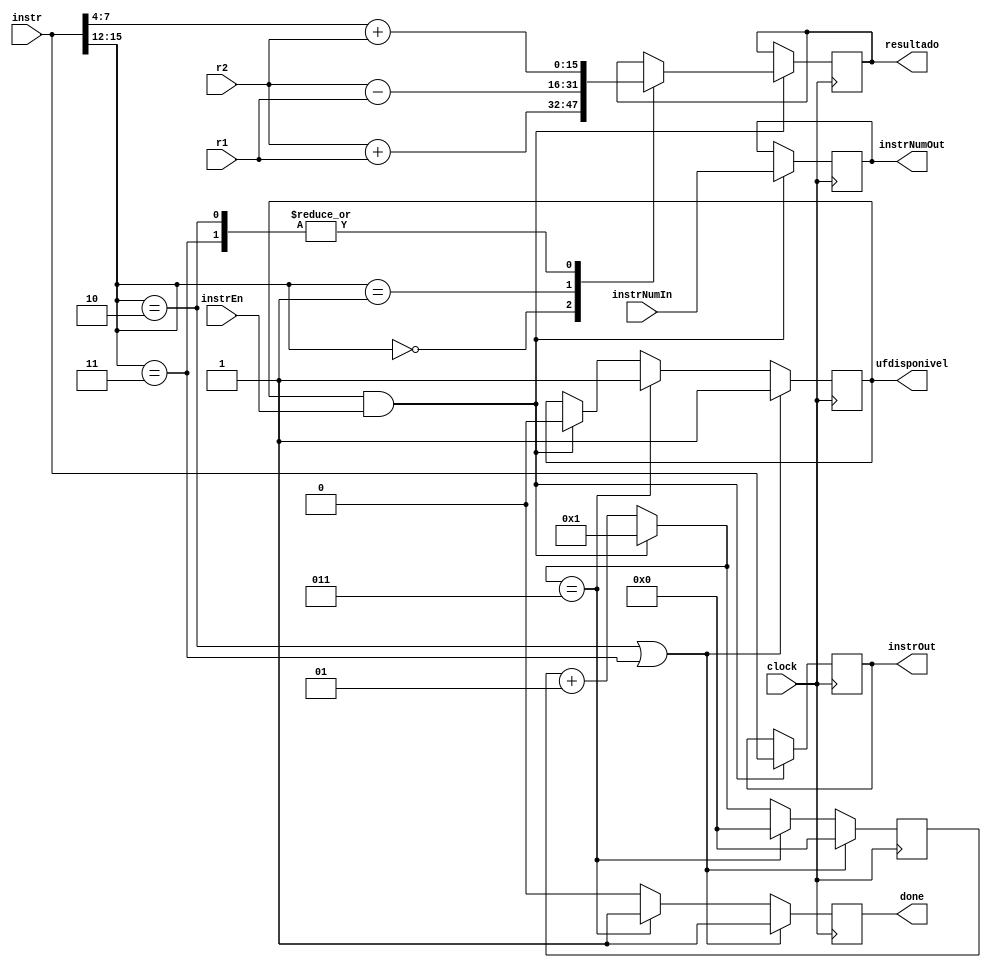
module unidadeFuncional(clock, done, ufdisponivel, instr, instrEn, instrNumIn, instrNumOut, r1, r2, resultado, instrOut);
	
	input clock, instrEn;
	input [7:0] instrNumIn;
	output reg [7:0] instrNumOut;
	input [15:0] instr, r1, r2;
	output reg [15:0] resultado, instrOut;
	output reg done, ufdisponivel;
	
	integer ciclo = 0;
	
	initial begin
		done = 1'b0;
		ufdisponivel = 1'b1;
	end
	
	always@(posedge clock)
	begin
		done = 1'b0;
		
		if(ufdisponivel == 1'b1 && instrEn == 1'b1)
		begin
			$display("->Inicio da execucao da instrucao na UF.");
			ufdisponivel = 1'b0;
			ciclo = 1;
			instrNumOut = instrNumIn;
			instrOut = instr;
			$display("Instrucao a ser executada = %b,  Posicao da instrucao = %d", instrOut, instrNumOut);
			case(instr[15:12])
				4'b0000: begin resultado = r2 + r1; end					//ADD
				4'b0001: begin resultado = r2 - r1; end					//SUB
				4'b0010: begin resultado = instr[7:4] + r2; end			//SD
				4'b0011: begin resultado = instr[7:4] + r2; end			//LD
			endcase
			
		end
		
		else begin
			ciclo = ciclo + 1;
		end
		
		if(instr[15:12] == 4'b0010 || instr[15:12] == 4'b0011)
		begin
			$display("Execucao concluida");
			done = 1'b1;
			ufdisponivel = 1'b1;
			ciclo = 0;
			$display("Resultado = %b", resultado);
			$display("-----------------------------------------------------");
		end
		
		else begin
			if(ciclo == 3)
			begin
				$display("Execucao concluida");
				done = 1'b1;
				ufdisponivel = 1'b1;
				ciclo = 0;
				$display("Resultado = %b", resultado);
				$display("-----------------------------------------------------");
			end
		end
	end
	
endmodule